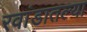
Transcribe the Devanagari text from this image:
रवांडातल्‍या